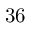
3 6